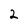
Character: 2